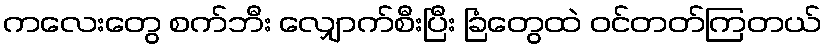
ကလေးတွေ စက်ဘီး လျှောက်စီးပြီး ခြံတွေထဲ ဝင်တတ်ကြတယ်